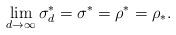
LaTeX: \begin{align*}\lim_{d \rightarrow \infty} \sigma^*_d = \sigma^* = \rho^* = \rho_*.\end{align*}